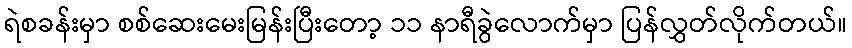
ရဲစခန်းမှာ စစ်ဆေးမေးမြန်းပြီးတော့ ၁၁ နာရီခွဲလောက်မှာ ပြန်လွှတ်လိုက်တယ်။